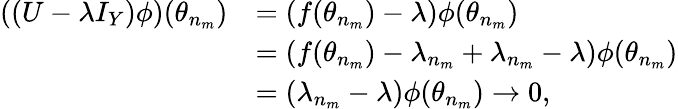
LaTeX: \begin{array}{rl}{((U-\lambda I_{Y})\phi)(\theta_{n_{m}})}&{=(f(\theta_{n_{m}})-\lambda)\phi(\theta_{n_{m}})}\\ &{=(f(\theta_{n_{m}})-\lambda_{n_{m}}+\lambda_{n_{m}}-\lambda)\phi(\theta_{n_{m}})}\\ &{=(\lambda_{n_{m}}-\lambda)\phi(\theta_{n_{m}})\to 0,}\end{array}